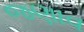
જણાવ